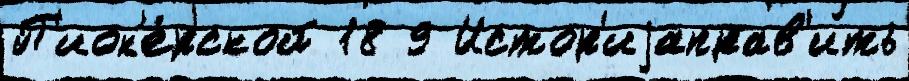
П'ион'е́рской 18 9 Истор'иjаправ'ить